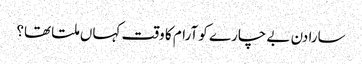
سارا دن بے چارے کو آرام کا وقت کہاں ملتا تھا؟